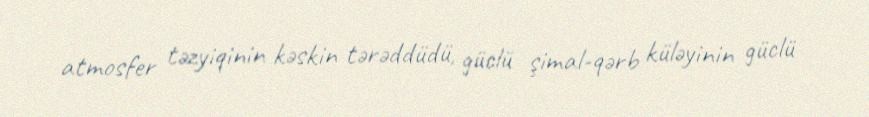
atmosfer təzyiqinin kəskin tərəddüdü, güclü şimal-qərb küləyinin güclü